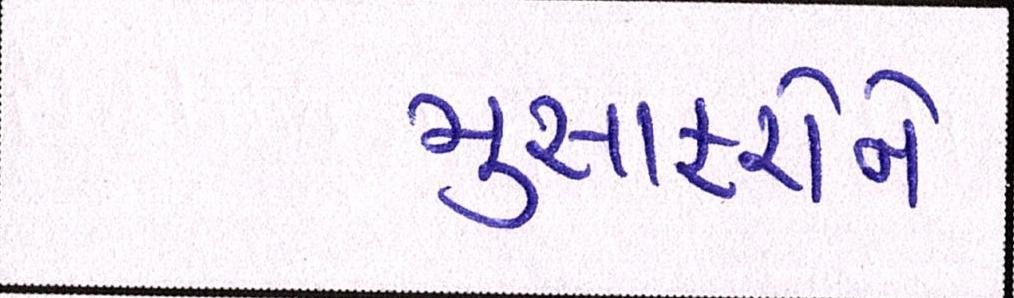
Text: મુસાફરોને